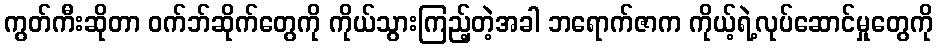
ကွတ်ကီးဆိုတာ ဝက်ဘ်ဆိုက်တွေကို ကိုယ်သွားကြည့်တဲ့အခါ ဘရောက်ဇာက ကိုယ့်ရဲ့လုပ်ဆောင်မှုတွေကို